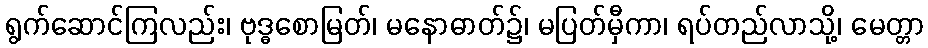
ရွက်ဆောင်ကြလည်း၊ ဗုဒ္ဓစောမြတ်၊ မနောဓာတ်၌၊ မပြတ်မှီကာ၊ ရပ်တည်လာသို့၊ မေတ္တာ